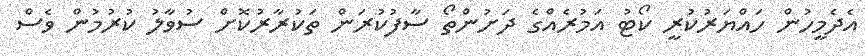
އެދެމީހުން ހައްޔަރުކުރީ ކޯޓު އަމުރެއްގެ ދަށުންތޯ ސާފުކުރަން ތަކުރާރުކޮށް ސުވާލު ކުރުމުން ވެސް